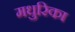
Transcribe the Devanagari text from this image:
मधुरिका